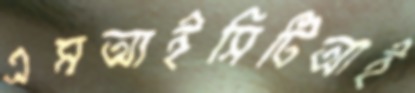
এমআইসিটিআই